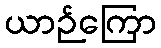
ယာဉ်ကြော